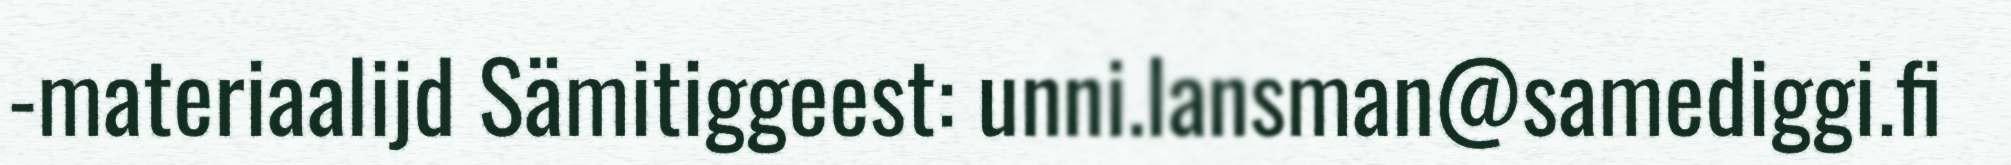
-materiaalijd Sämitiggeest: unni.lansman@samediggi.fi